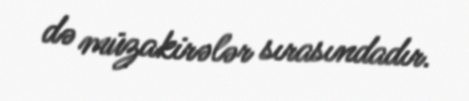
də müzakirələr sırasındadır.